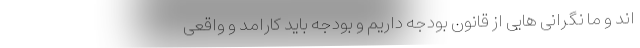
اند و ما نگرانی هایی از قانون بودجه داریم و بودجه باید کارامد و واقعی